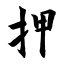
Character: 押